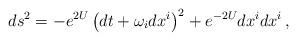
LaTeX: \begin{align*} ds^2 = - e^{2U} \left(dt + \omega_i dx^i\right)^2 + e^{-2 U} dx^i dx^i\,,\end{align*}